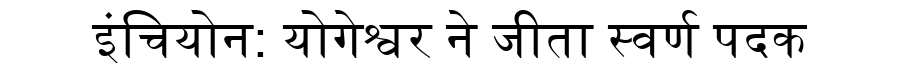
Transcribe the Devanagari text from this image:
इंचियोन: योगेश्वर ने जीता स्वर्ण पदक